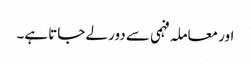
اور معاملہ فہمی سے دور لے جاتا ہے۔